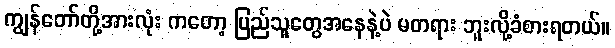
ကျွန်တော်တို့အားလုံး ကတော့ ပြည်သူတွေအနေနဲ့ပဲ မတရား ဘူးလို့ခံစားရတယ်။